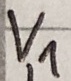
Text: V1